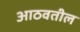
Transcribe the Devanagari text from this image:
आठवतील